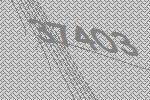
37403